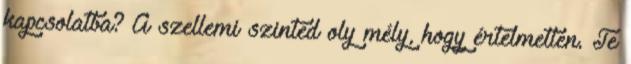
kapcsolatba? A szellemi szinted oly mély, hogy értelmetlen. Te